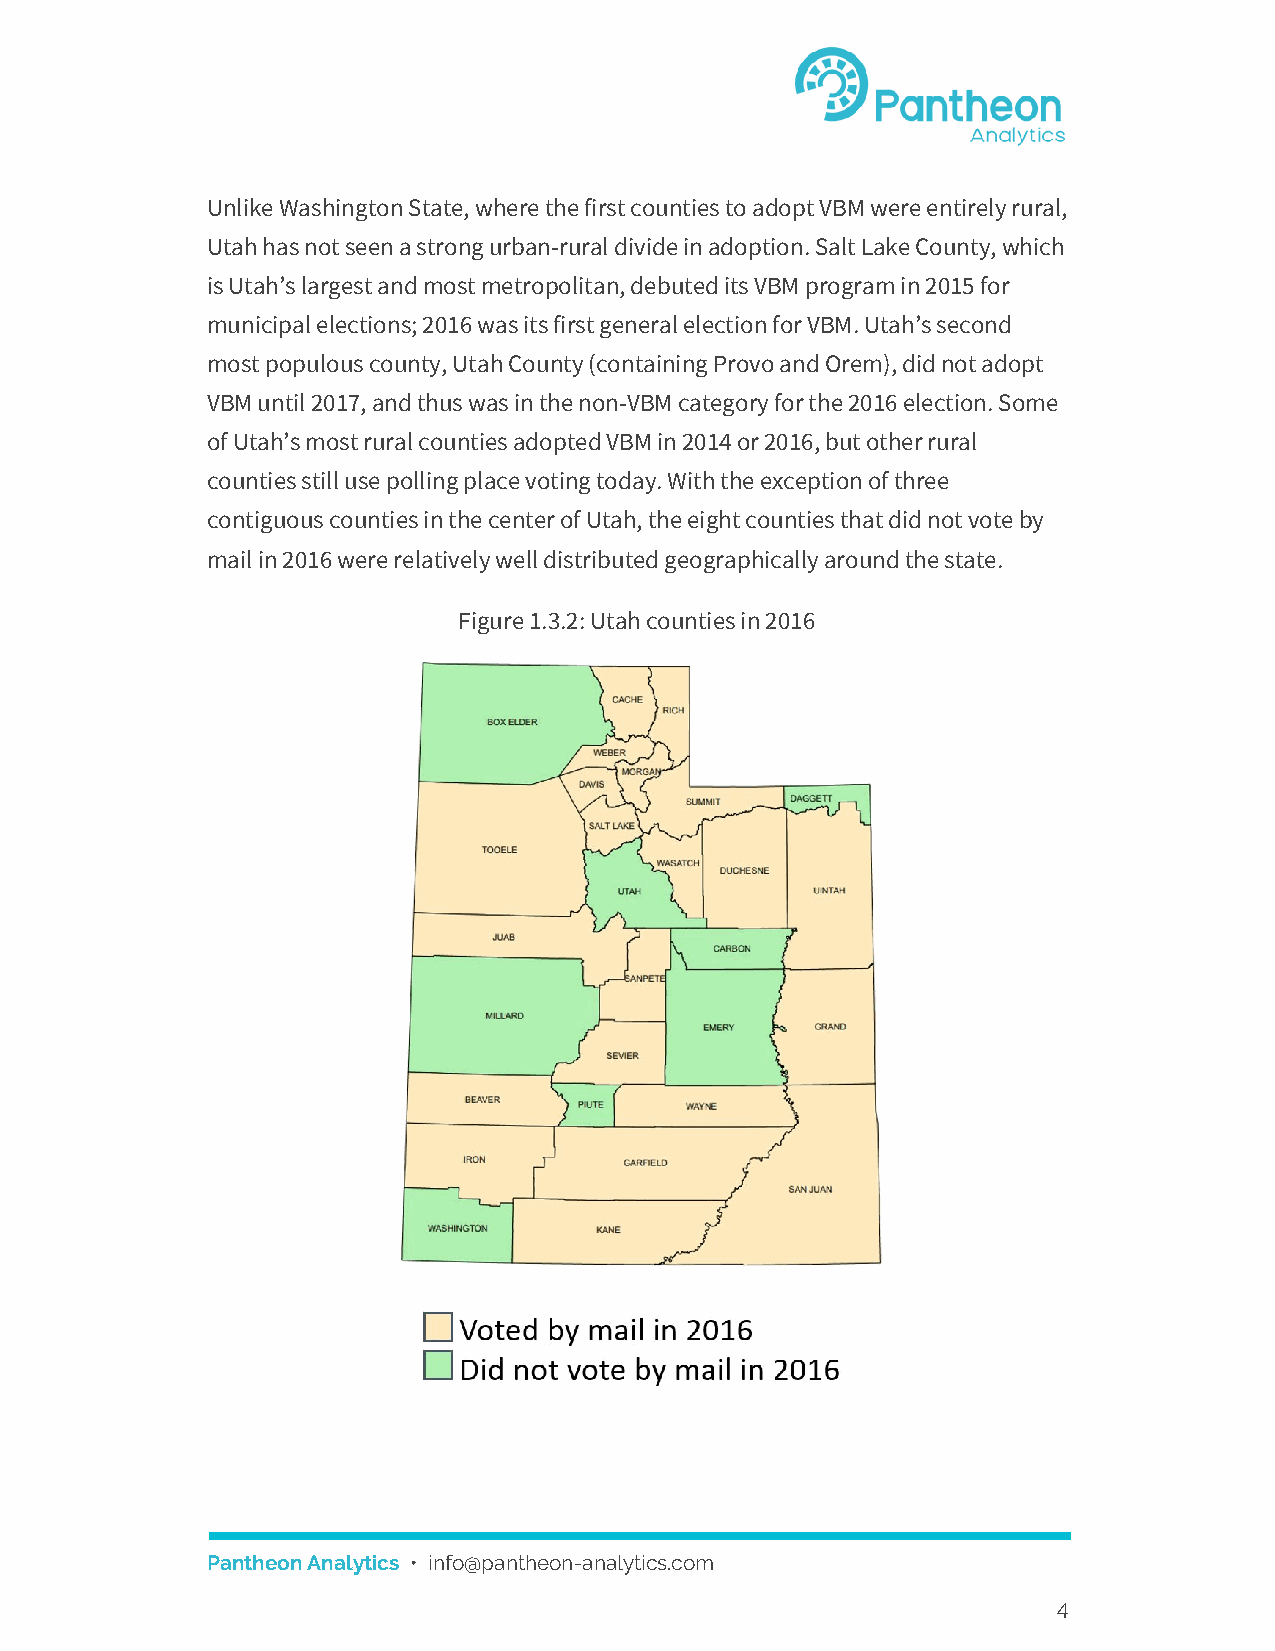
Unlike Washington State, where the first counties to adopt VBM were entirely rural,
 Utah has not seen a strong urban-rural divide in adoption. Salt Lake County, which
 is Utah’s largest and most metropolitan, debuted its VBM program in 2015 for
 municipal elections; 2016 was its first general election for VBM. Utah’s second
 most populous county, Utah County (containing Provo and Orem), did not adopt
 VBM until 2017, and thus was in the non-VBM category for the 2016 election. Some
 of Utah’s most rural counties adopted VBM in 2014 or 2016, but other rural
 counties still use polling place voting today. With the exception of three
 contiguous counties in the center of Utah, the eight counties that did not vote by
 mail in 2016 were relatively well distributed geographically around the state.
 Figure 1.3.2: Utah counties in 2016
 Pantheon Analytics • info@pantheon-analytics.com
 ​
 4